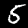
Label: 5